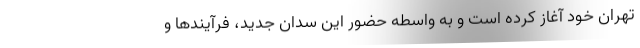
تهران خود آغاز کرده است و به واسطه حضور این سدان جدید، فرآیندها و